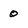
Character: 0